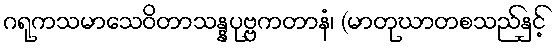
ဂရုကသမာသေဝိတာသန္နပုဗ္ဗကတာနံ၊ (မာတုဃာတစသည်နှင့်